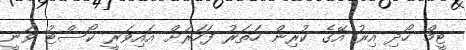
ޓީމް ހޯދި އިރު އޭގެ ކުރިން ހަތަރު ފަހަރަށް އައިވަރީ ކޯސްޓު ވަނީ